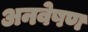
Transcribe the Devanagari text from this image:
अनवेषण